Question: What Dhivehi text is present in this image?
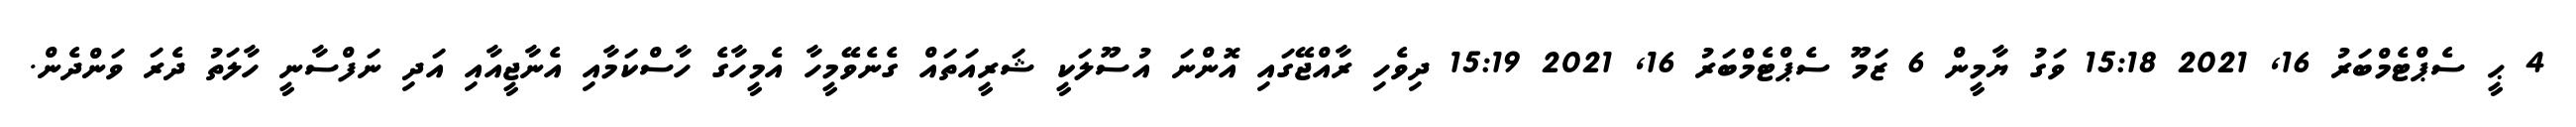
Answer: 4 ޙީ ސެޕްޓެމްބަރު 16, 2021 15:18 ވަގު ޔާމީން 6 ޒަމޫ ސެޕްޓެމްބަރު 16, 2021 15:19 ދިވެހި ރާއްޖޭގައި އޮންނަ އުސޫލަކީ ޝަރީއަތައް ގެނެވޭމީހާ އެމީހާގެ ހާސްކަމާއި އެނާޖީއާއި އަދި ނަފްސާނީ ހާލަތު ދެރަ ވަންދެން.